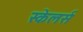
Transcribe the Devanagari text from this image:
स्केलर्स